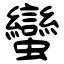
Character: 蠻